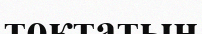
тоқтатын